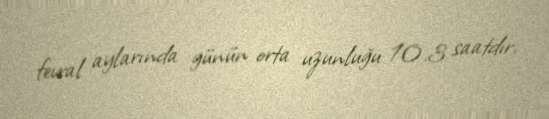
fevral aylarında günün orta uzunluğu 10.3 saatdır.